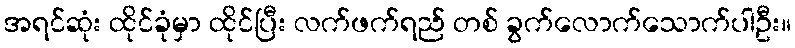
အရင်ဆုံး ထိုင်ခုံမှာ ထိုင်ပြီး လက်ဖက်ရည် တစ် ခွက်လောက်သောက်ပါဦး။